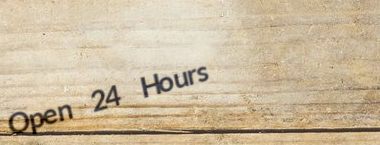
Open 24 Hours